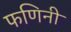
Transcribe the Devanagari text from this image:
फणिनी